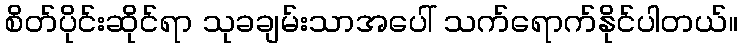
စိတ်ပိုင်းဆိုင်ရာ သုခချမ်းသာအပေါ် သက်ရောက်နိုင်ပါတယ်။